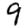
Digit: 9